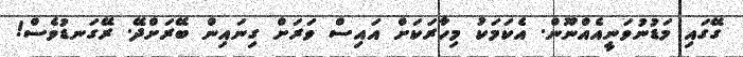
ގޭގައި މަޑުނުވަނީއެއްނޫން. އެކަމަކު މިހާރަކަށް އައިސް ވަރަށް ގިނައިން ބޭރަށްދޭ. ރޭގަނޑުވެސް!